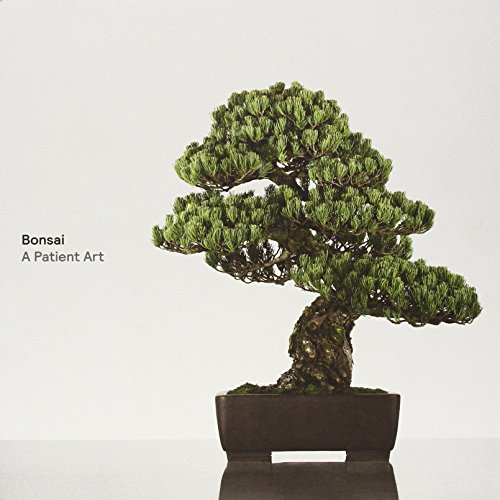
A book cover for Bonsai: A Patient Art; Susumu Nakamura; Crafts, Hobbies & Home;